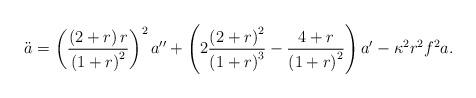
LaTeX: \begin{align*}\ddot{a}=\left( \frac{\left( 2+r\right) r}{\left( 1+r\right) ^{2}}\right) ^{2}a^{\prime \prime }+\left( 2\frac{\left( 2+r\right) ^{2}}{\left( 1+r\right) ^{3}}-\frac{4+r}{\left( 1+r\right) ^{2}}\right) a^{\prime }-\kappa ^{2}r^{2}f^{2}a .\end{align*}